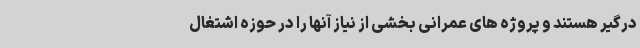
درگیر هستند و پروژه های عمرانی بخشی از نیاز آنها را در حوزه اشتغال